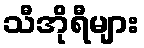
သီအိုရီများ